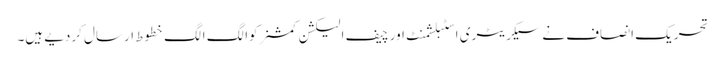
تحریک انصاف نے سیکریٹری اسٹبلشمنٹ اور چیف الیکشن کمشنرکوالگ الگ خطوط ارسال کردیے ہیں۔